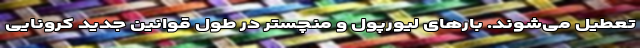
تعطیل می‌شوند. بارهای لیورپول و منچستر در طول قوانین جدید کرونایی